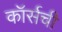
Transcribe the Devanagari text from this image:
कॉर्सची